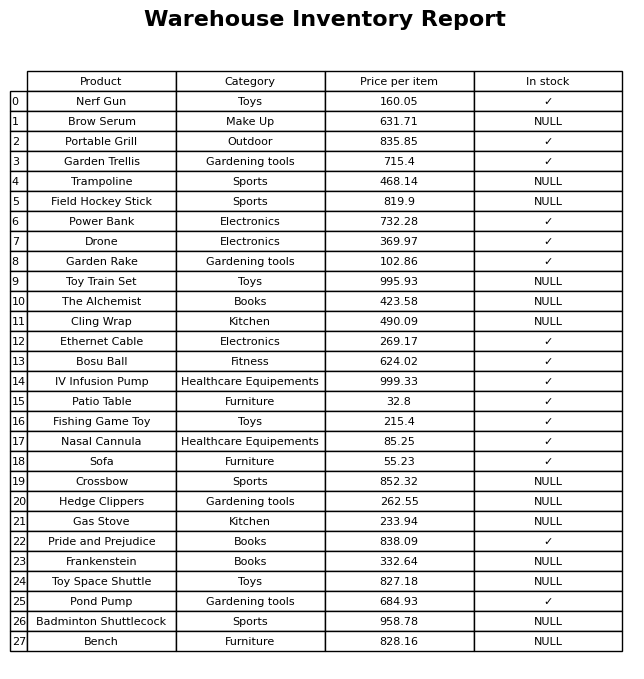
question: What is the price of the Ethernet Cable?
answer: The price of Ethernet Cable is 269.17.